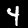
Label: 4